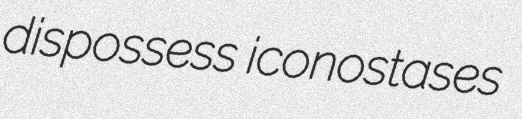
dispossess iconostases